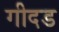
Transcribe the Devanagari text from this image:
गीदड